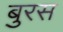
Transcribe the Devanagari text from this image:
बुरस